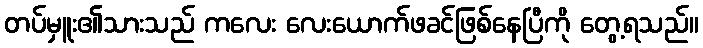
တပ်မှူး၏သားသည် ကလေး လေးယောက်ဖခင်ဖြစ်နေပြီကို တွေ့ရသည်။